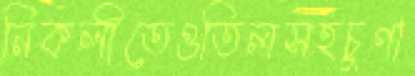
নিকলীতেওতিলসহচুণা